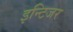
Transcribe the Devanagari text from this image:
इन्टिजर